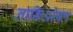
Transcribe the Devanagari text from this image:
नाकिओनल